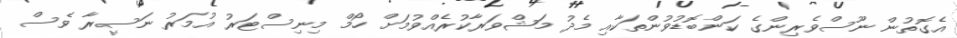
އެގޮތުން ނޫސްވެރިންގެ ކަންބޮޑުވުންތަކާއި މެދު މަޝްވަރާކުރެއްވުމަށް ހޯމް މިނިސްޓަރު އުމަރު ނަސީރާ ވެސް